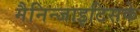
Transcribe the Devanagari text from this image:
मैनिन्जाइटिसके